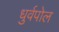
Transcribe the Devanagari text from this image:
धुर्वपोल